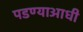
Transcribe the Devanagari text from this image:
पडण्याआधी